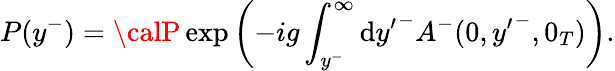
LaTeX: P(y^{-})={\calP}\exp\left(-ig\int_{y^{-}}^{\infty}\mathrm{d}{y^{\prime}}^{-}A^{-}(0,{y^{\prime}}^{-},0_{T})\right).